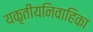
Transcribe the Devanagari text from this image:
यकृतीयनिवाहिका